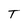
Character: T